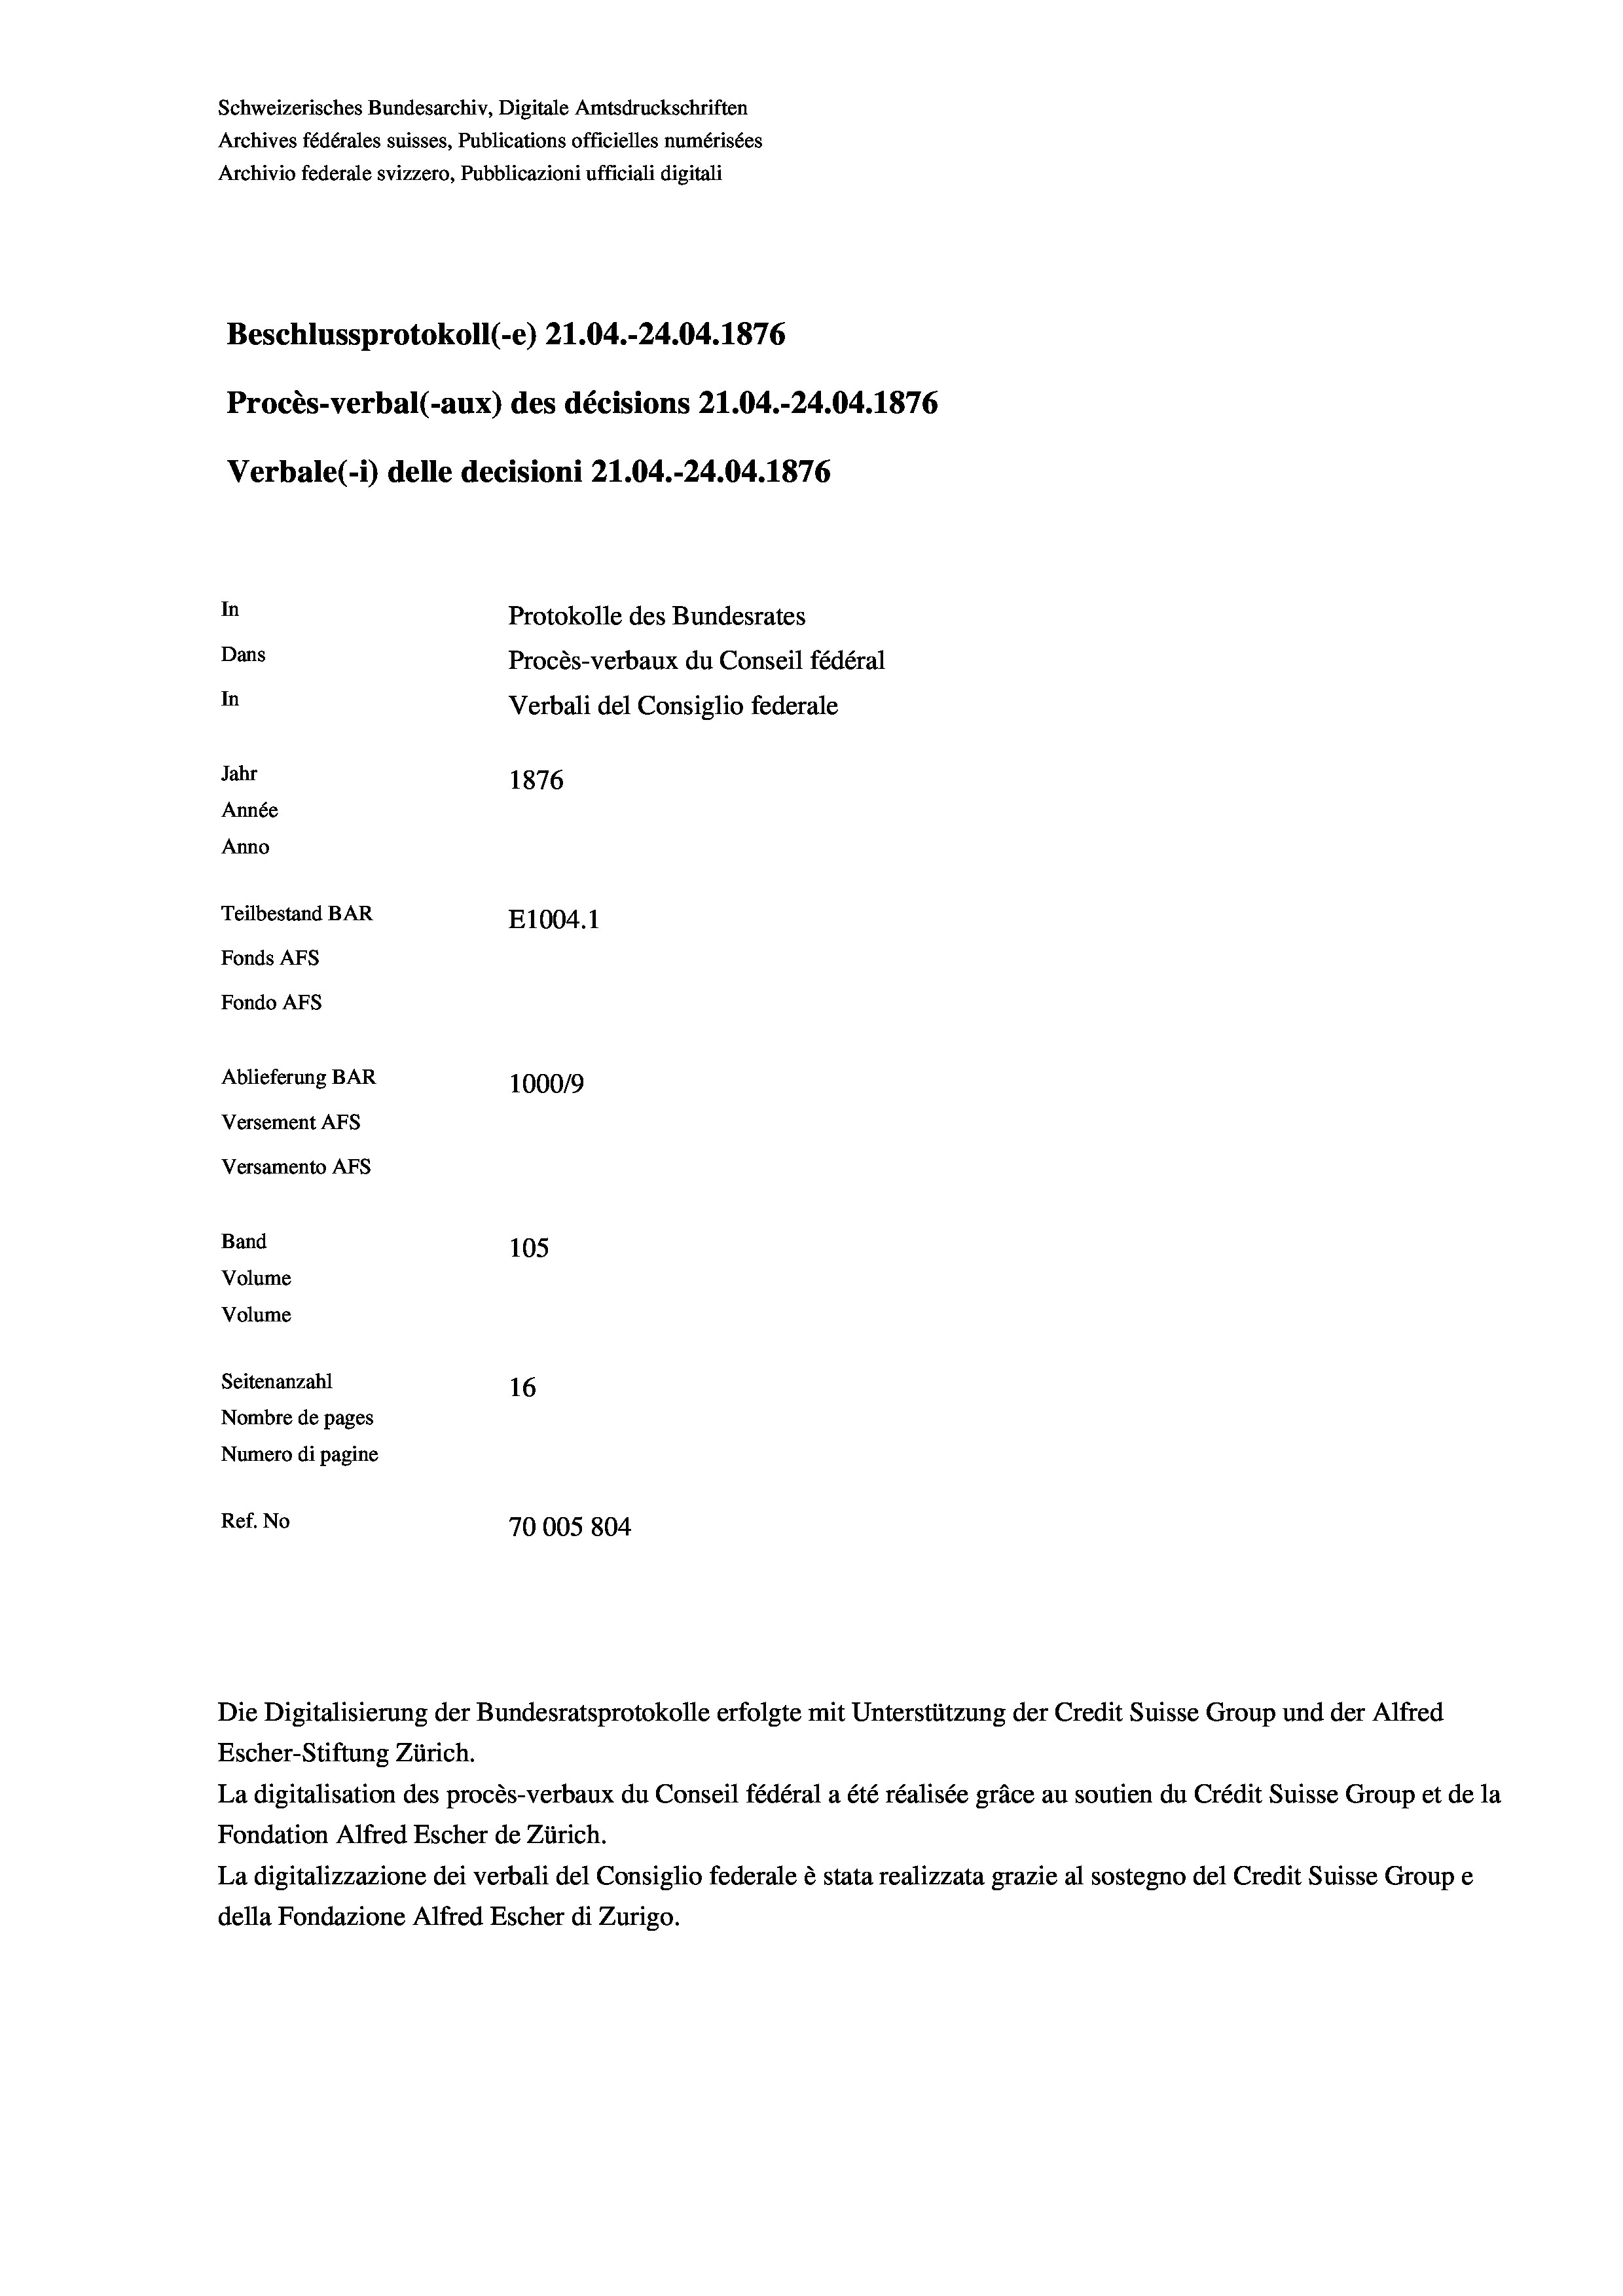
Schweizerisches Bundesarchiv, Digitale Amtsdruckschriften
Archives fédérales suisses, Publications officielles numérisées
Archivio federale svizzero, Pubblicazioni ufficiali digitali
Beschlussprotokoll (-e) 21.04.-24.04. 1876
Procès-verbal (-aux) des décisions 21.04.-24.04. 1876
Verbale (i) delle decisioni 21.04.-24.04. 1876
In
Protokolle des Bundesrates
Dans
Procès-verbaux du Conseil fédéral
In
Verbali del Consiglio federale
Jahr
1876
Année
Anno
Teilbestand BAR
E1004.1
Fonds AFs
Fondo Afs
Ablieferung BAR
100019
Versement AFs
Versamento Afs
Band
105
Volume
Volume

Seitenanzahl
16
Nombre de pages
Numero di pagine
Ref. No
70005 804

Escher-Stiftung Zürich.
La digitalisation des procès-verbaux du Conseil fédéral a été réalisée gräce au soutien du Crédit Suisse Group et de la
Fondation Alfred Escher de Zürich.
La digitalizzazione dei verbali del Consiglio federale è stata realizzata grazie al sostegno del Credit Suisse Groupe
della Fondazione Alfred Escher di Zurigo.

Die Digitalisierung der Bundesratsprotokolle erfolgte mit Unterstützung der Credit Suisse Group und der Alfred